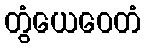
တွံယေဝေတံ